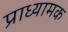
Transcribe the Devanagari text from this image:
प्राध्यामक